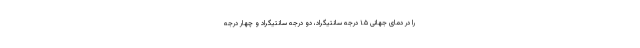
را در دمای جهانی ۱.۵ درجه سانتیگراد، دو درجه سانتیگراد و چهار درجه